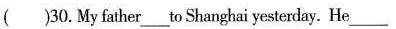
( )30.My father__to Shanghai yesterday. He ___